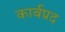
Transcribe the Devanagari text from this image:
कार्बप्रद